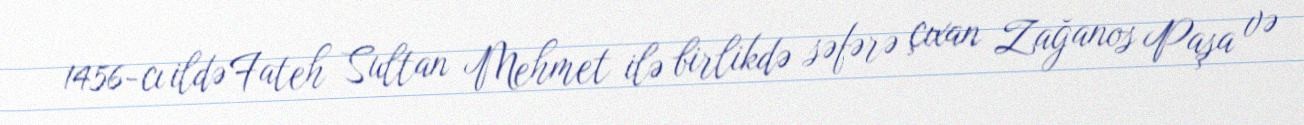
1456-cı ildə Fateh Sultan Mehmet ilə birlikdə səfərə çıxan Zağanos Paşa və